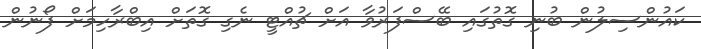
ކައުންސިލުން ބުނި ގޮތުގައި ބޭސްފަރުވާ އަށް ޗުއްޓީ ނެގި ގޮތަށް އިބްރާހިމަށް ފޯނުން